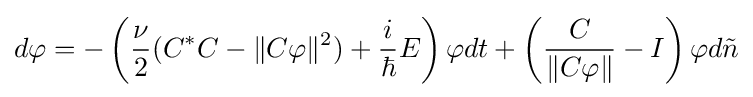
d\varphi =-\left({\frac {\nu }{2}}(C^{\ast }C-\|C\varphi \|^{2})+{\frac {i}{\hbar }}E\right)\varphi dt+\left({\frac {C}{\|C\varphi \|}}-I\right)\varphi d{\tilde {n}}